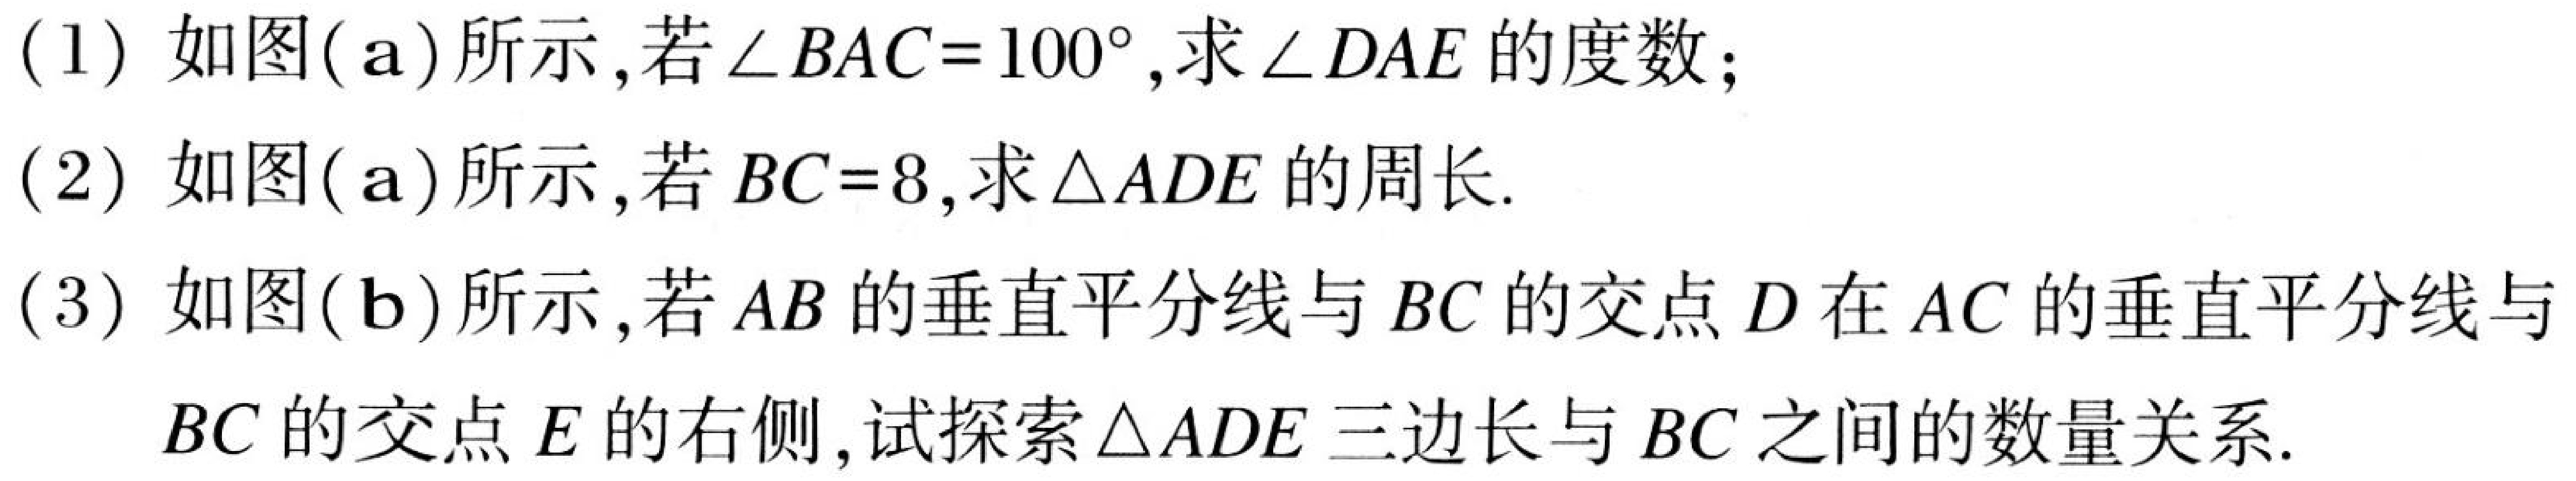
(1) 如图(\text{a})所示,若$\angle BAC = 100^{\circ}$,求$\angle DAE$的度数；
(2) 如图(\text{a})所示,若$BC = 8$,求$\triangle ADE$的周长.
(3) 如图(\text{b})所示,若$AB$的垂直平分线与$BC$的交点$D$在$AC$的垂直平分线与$BC$的交点$E$的右侧,试探索$\triangle ADE$三边长与$BC$之间的数量关系.